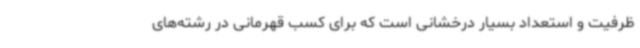
ظرفیت و استعداد بسیار درخشانی است که برای کسب قهرمانی در رشته‌های